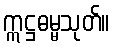
ဣဋ္ဌဓမ္မသုတ်။